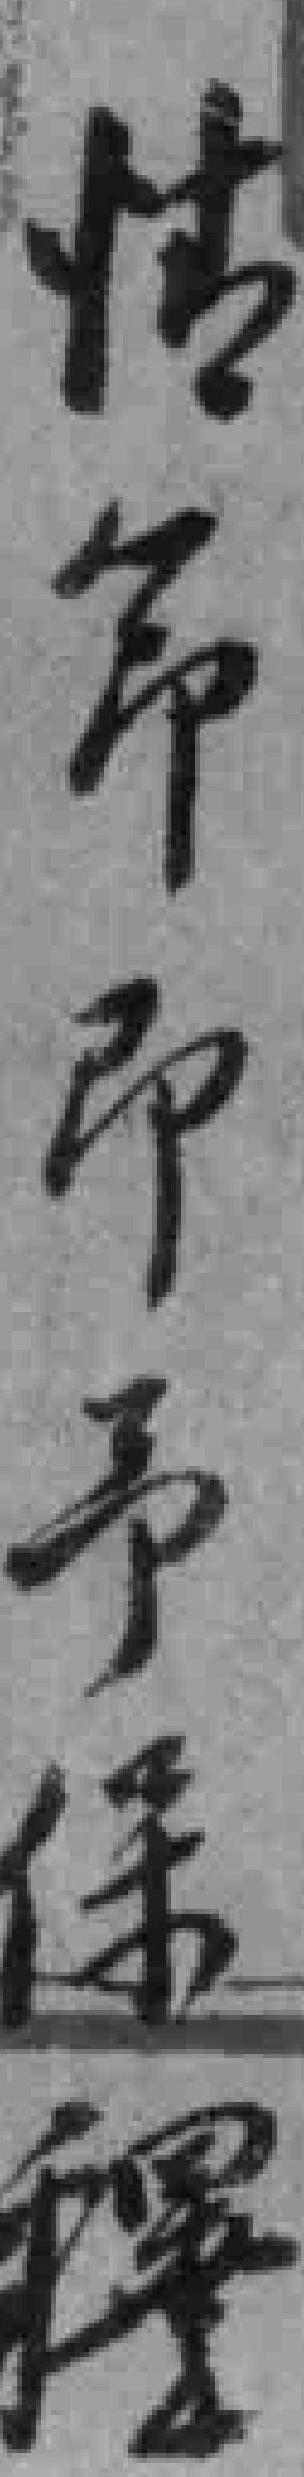
情節即予保釋